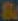
&